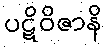
ပဋိဝိဇာနိ